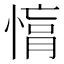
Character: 𢟚